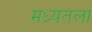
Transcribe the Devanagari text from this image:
मध्यतला